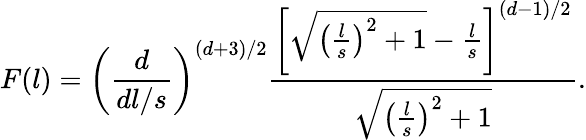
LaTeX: F(l)=\left(\frac{d}{dl/s}\right)^{(d+3)/2}{\frac{\left[\sqrt{\left(\frac{l}{s}\right)^{2}+1}-{\frac{l}{s}}\right]^{(d-1)/2}}{\sqrt{\left(\frac{l}{s}\right)^{2}+1}}}.